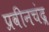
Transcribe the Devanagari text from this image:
प्रवीनचंद्र